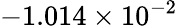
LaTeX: -1.014\times 10^{-2}